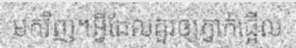
មកវិញ។អ្វីដែលគួរឲ្យភ្ញាក់ផ្អើល